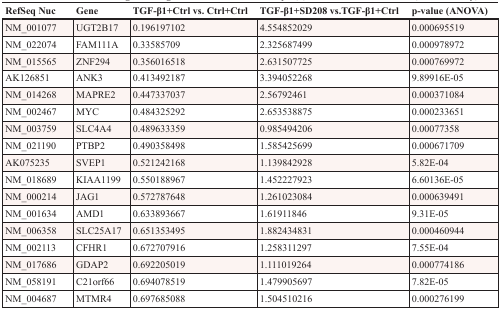
<table><thead><tr><td><b>RefSeq Nuc</b></td><td><b>Gene</b></td><td><b>TGF-β1+Ctrl vs. Ctrl+Ctrl</b></td><td><b>TGF-β1+SD208 vs.TGF-β1+Ctrl</b></td><td><b>p-value (ANOVA)</b></td></tr></thead><tbody><tr><td>NM_001077</td><td>UGT2B17</td><td>0.196197102</td><td>4.554852029</td><td>0.000695519</td></tr><tr><td>NM_022074</td><td>FAM111A</td><td>0.33585709</td><td>2.325687499</td><td>0.000978972</td></tr><tr><td>NM_015565</td><td>ZNF294</td><td>0.356016518</td><td>2.631507725</td><td>0.000769972</td></tr><tr><td>AK126851</td><td>ANK3</td><td>0.413492187</td><td>3.394052268</td><td>9.89916E-05</td></tr><tr><td>NM_014268</td><td>MAPRE2</td><td>0.447337037</td><td>2.56792461</td><td>0.000371084</td></tr><tr><td>NM_002467</td><td>MYC</td><td>0.484325292</td><td>2.653538875</td><td>0.000233651</td></tr><tr><td>NM_003759</td><td>SLC4A4</td><td>0.489633359</td><td>0.985494206</td><td>0.00077358</td></tr><tr><td>NM_021190</td><td>PTBP2</td><td>0.490358498</td><td>1.585425699</td><td>0.000671709</td></tr><tr><td>AK075235</td><td>SVEP1</td><td>0.521242168</td><td>1.139842928</td><td>5.82E-04</td></tr><tr><td>NM_018689</td><td>KIAA1199</td><td>0.550188967</td><td>1.452227923</td><td>6.60136E-05</td></tr><tr><td>NM_000214</td><td>JAG1</td><td>0.572787648</td><td>1.261023084</td><td>0.000639491</td></tr><tr><td>NM_001634</td><td>AMD1</td><td>0.633893667</td><td>1.61911846</td><td>9.31E-05</td></tr><tr><td>NM_006358</td><td>SLC25A17</td><td>0.651353495</td><td>1.882434831</td><td>0.000460944</td></tr><tr><td>NM_002113</td><td>CFHR1</td><td>0.672707916</td><td>1.258311297</td><td>7.55E-04</td></tr><tr><td>NM_017686</td><td>GDAP2</td><td>0.692205019</td><td>1.111019264</td><td>0.000774186</td></tr><tr><td>NM_058191</td><td>C21orf66</td><td>0.694078519</td><td>1.479905697</td><td>7.82E-05</td></tr><tr><td>NM_004687</td><td>MTMR4</td><td>0.697685088</td><td>1.504510216</td><td>0.000276199</td></tr></tbody></table>